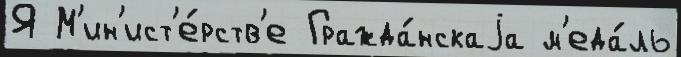
Я М'ин'ист'е́рств'е Гражда́нскаjа м'еда́ль